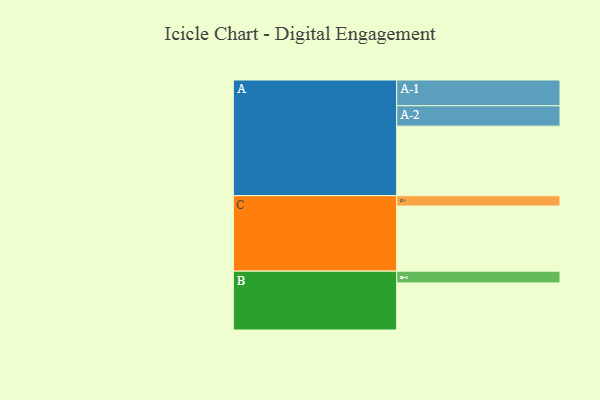
{"axis": {"x": "Segment", "y": "Value"}, "legend": ["", "A", "B", "C"], "data": [{"x": "A", "y": 597, "type": ""}, {"x": "B", "y": 404, "type": ""}, {"x": "C", "y": 559, "type": ""}, {"x": "A-1", "y": 221, "type": "A"}, {"x": "A-2", "y": 175, "type": "A"}, {"x": "B-1", "y": 101, "type": "B"}, {"x": "C-1", "y": 89, "type": "C"}]}